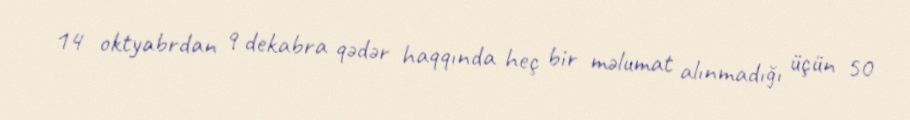
14 oktyabrdan 9 dekabra qədər haqqında heç bir məlumat alınmadığı üçün 50